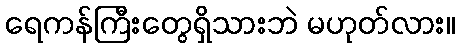
ရေကန်ကြီးတွေရှိသားဘဲ မဟုတ်လား။